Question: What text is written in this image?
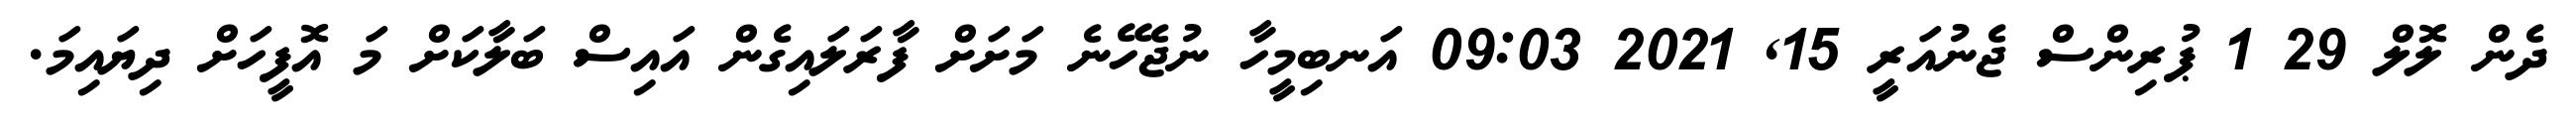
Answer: ދެން ލޮލް 29 1 ޕުރިންސް ޖެނުއަރީ 15, 2021 09:03 އަނބިމީހާ ނުޖެހޭނެ މަށަށް ފާރަލައިގެން އައިސް ބަލާކަށް މަ އޮފީހަށް ދިޔައިމަ.